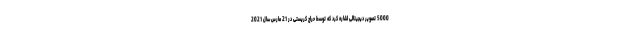
5000 تصویر دیجیتالی اشاره کرد که توسط حراج کریستی در 21 مارس سال 2021